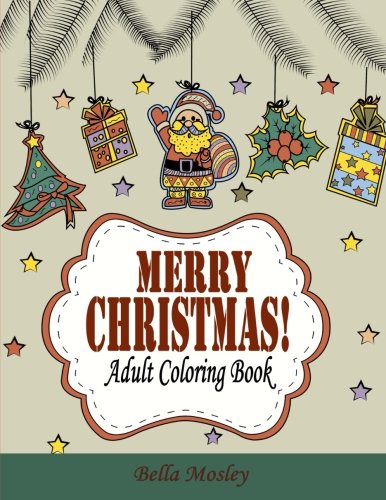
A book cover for Merry Christmas Adult Coloring Book: The Creative and Cheerful Coloring Book Gift for the Best Winter Holiday Xmas Season (Christmas Coloring Book for ... Christmas Gift for Him and Her) (Volume 1); Bella Mosley; Arts & Photography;